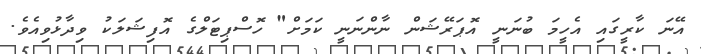
އޭނަ ކާރީގައި އެހީމަ ބުނަނީ އޮޕަރޭޝަން ނާންނަނީ ކަމަށް" ހޮސްޕިޓަލްގެ އޮފިޝަލަކު ވިދާޅުވިއެވެ.